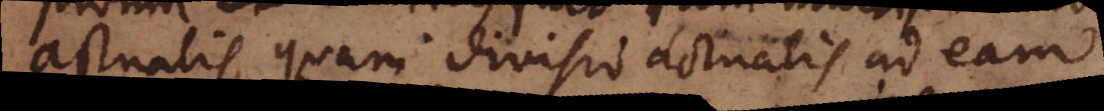
actualis, quam divisio actualis ad eam